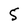
Character: 5